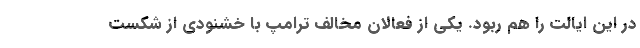
در این ایالت را هم ربود. یکی از فعالان مخالف ترامپ با خشنودی از شکست